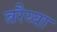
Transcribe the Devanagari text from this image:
बरैय्या